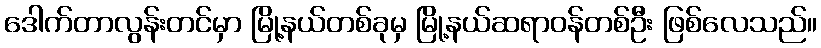
ဒေါက်တာလွန်းတင်မှာ မြို့နယ်တစ်ခုမှ မြို့နယ်ဆရာဝန်တစ်ဦး ဖြစ်လေသည်။